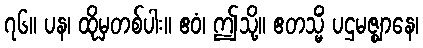
၇၆။ ပန၊ ထိုမှတစ်ပါး။ ဧဝံ၊ ဤသို့။ ဧတသ္မိံ ပဌမဇ္ဈာနေ၊